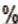
%